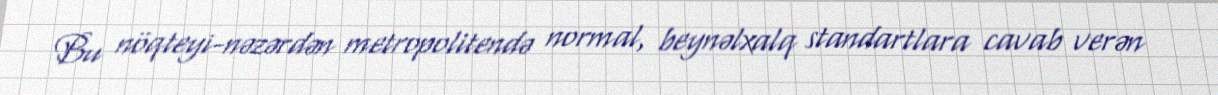
Bu nöqteyi-nəzərdən metropolitendə normal, beynəlxalq standartlara cavab verən